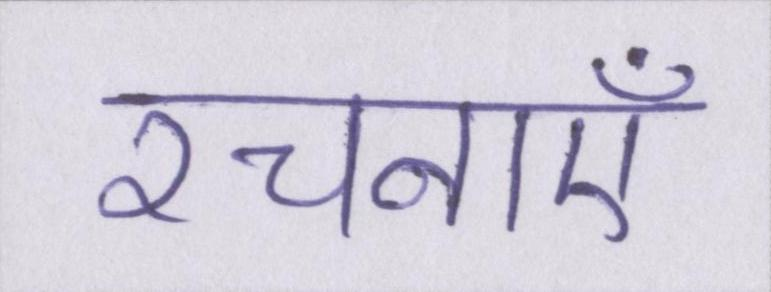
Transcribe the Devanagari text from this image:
रचनाएँ